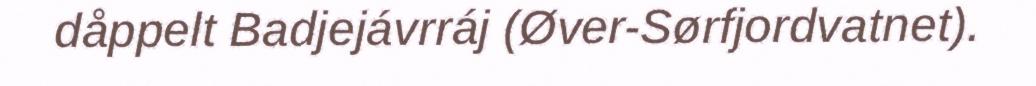
dåppelt Badjejávrráj (Øver-Sørfjordvatnet).